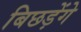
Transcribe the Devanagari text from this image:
बिछड़ेंगे